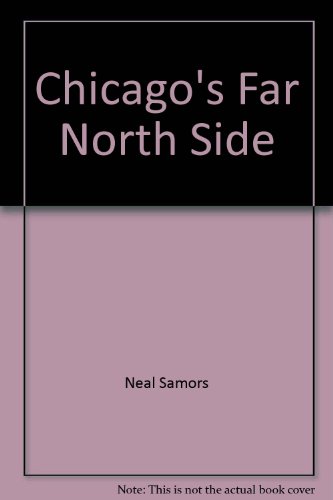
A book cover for Chicago's Far North Side; Neal Samors; Travel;